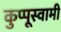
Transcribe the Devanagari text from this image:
कुप्पूस्वामी